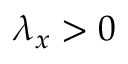
\lambda _ { x } > 0